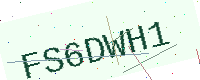
Text: FS6DWH1